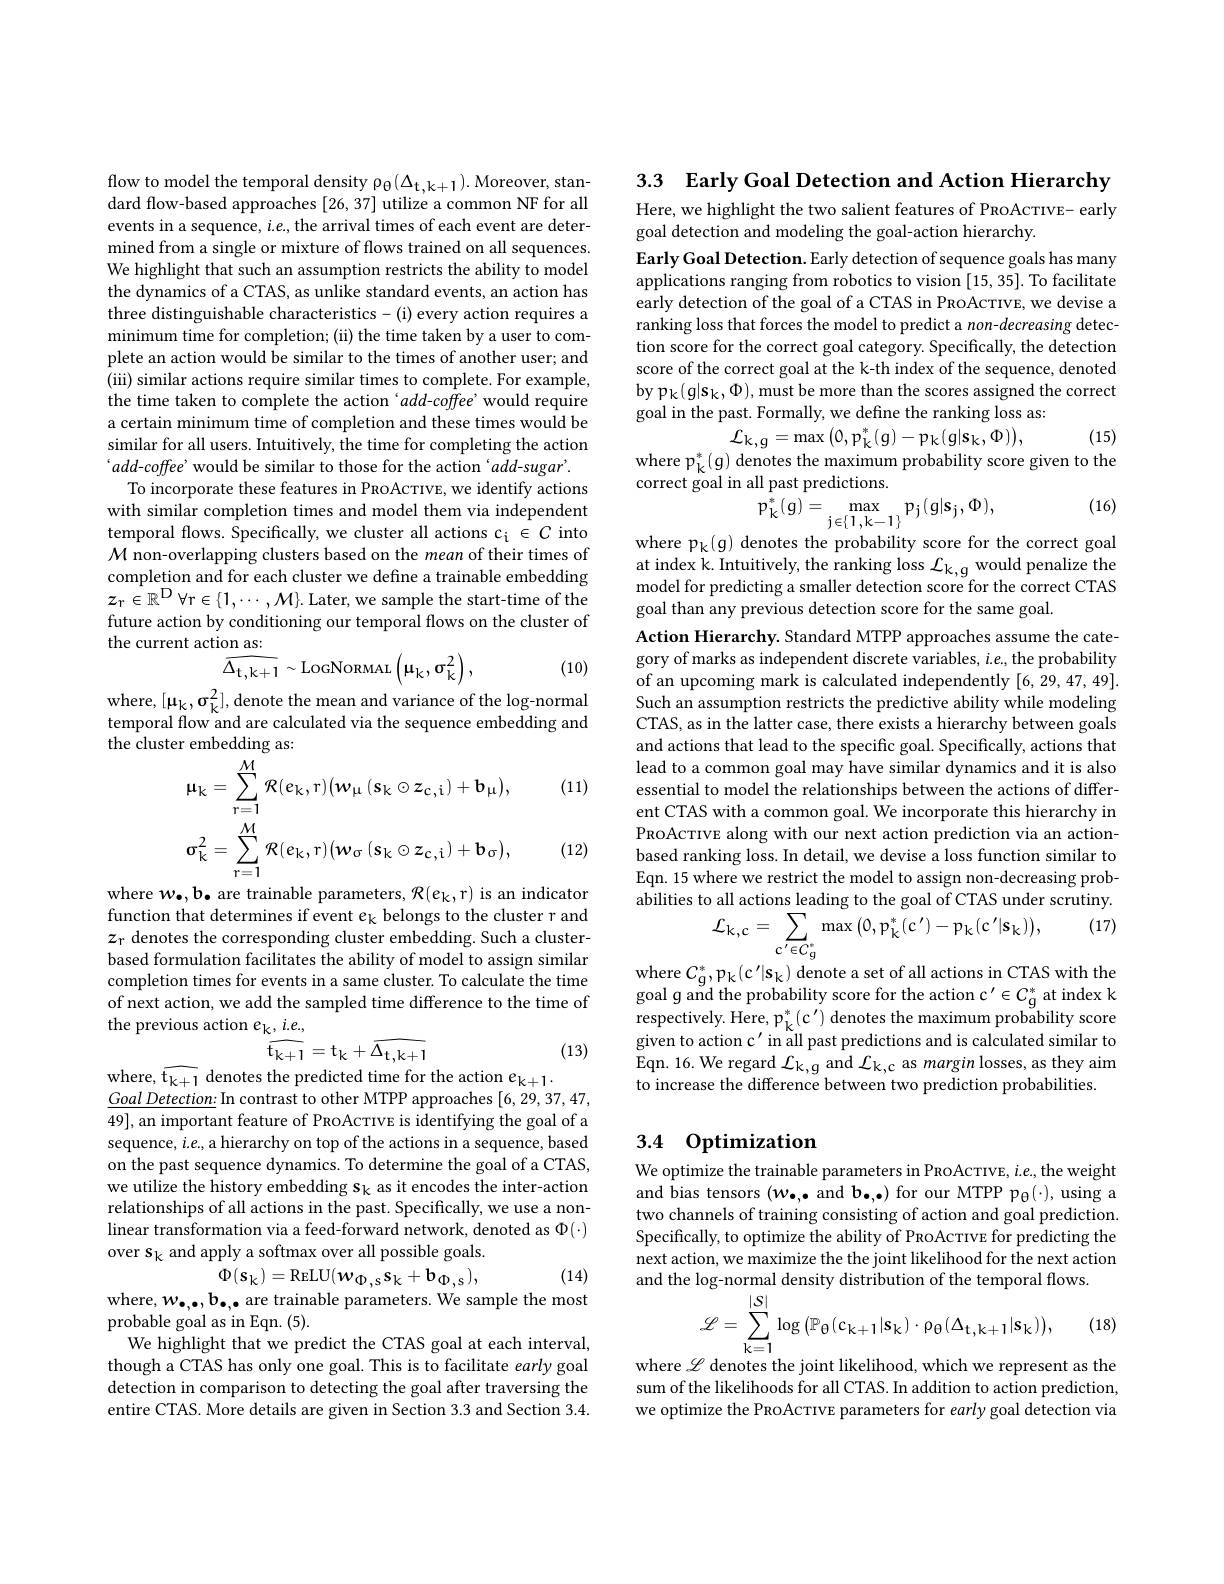
flow to model the temporal density $\rho_{\Theta}(\Delta_{\mathrm{t},\mathrm{k}+1}).$ Moreover, standard flow-based approaches [26, 37] utilize a common NF for all events in a sequence, $i.e.$, the arrival times of each event are determined from a single or mixture of flows trained on all sequences. We highlight that such an assumption restricts the ability to model the dynamics of a CTAS, as unlike standard events, an action has three distinguishable characteristics-(i) every action requires a minimum time for completion; (ii) the time taken by a user to complete an action would be similar to the times of another user; and (iii) similar actions require similar times to complete. For example, the time taken to complete the action 'add-coffee' would require a certain minimum time of completion and these times would be similar for all users. Intuitively, the time for completing the action 'add-coffee' would be similar to those for the action'add-sugar'.
To incorporate these features in PROAcTIVE, we identify actions with similar completion times and model them via independent temporal flows. Specifically, we cluster all actions ci $\in C$ into $\mathcal{M}$ non-overlapping clusters based on the mean of their times of completion and for each cluster we define a trainable embedding $z_{\mathrm{r}}\in\mathbb{R}^{\mathrm{D}}\forall$r$\in\{1,\cdots,\mathcal{M}\}.$Later, we sample the start-time of the future action by conditioning our temporal flows on the cluster of the current action as:
$$\widehat{\Delta_{\mathrm{t,k+1}}}\sim\mathrm{LoGNORMAL}\left(\mu_{\mathrm{k}},\sigma_{\mathrm{k}}^{2}\right),$$
(10)

where,$[\mathbf{\mu}_{\mathrm{k}},\mathbf{\sigma}_{\mathrm{k}}^{2}]$,denote the mean and variance of the log-normal

temporal flow and are calculated via the sequence embedding and
the cluster embedding as:
$$\mu_{\mathrm{k}}=\sum_{\mathrm{r}=1}^{\mathcal{M}}\mathcal{R}(e_{\mathrm{k}},\mathrm{r})(w_{\mathrm{\mu}}(s_{\mathrm{k}}\odot z_{\mathrm{c},\mathrm{i}})+\mathbf{b}_{\mathrm{\mu}}),$$
(11)
$$\sigma_{\mathrm{k}}^{2}=\sum_{\mathrm{r}=1}^{\mathcal{M}}\mathcal{R}(e_{\mathrm{k}},\mathrm{r})(w_{\mathrm{\sigma}}(s_{\mathrm{k}}\odot z_{\mathrm{c},\mathrm{i}})+\mathbf{b}_{\mathrm{\sigma}}),$$
(12)

where $w_{\bullet},\mathbf{b}_{\bullet}$ are trainable parameters, $\mathcal{R} ( e_{\mathrm{k} }$,r) is an indicator function that determines if event $e_\mathrm{k}$ belongs to the cluster r and $z_{\mathrm{r}}$ denotes the corresponding cluster embedding. Such a clusterbased formulation facilitates the ability of model to assign similar completion times for events in a same cluster. To calculate the time of next action, we add the sampled time difference to the time of the previous action $e_\mathrm{k},i.e.$,
$$\begin{array}{l}{{\varepsilon_{k},\:\iota.e.,}}\\{{\widehat{t_{k+1}}=t_{k}+\overline{{\Delta_{t,k+1}}}}}\end{array}$$
where, $\widehat{\mathrm{t}_{k+1}}$ denotes the predicted time for the action $e_{k+1}.$

(13)

$\underline{Goal\:Detection:}$In contrast to other MTPP approaches [6,29,37,47, 49], an important feature of PRoAcTIvE is identifying the goal of a sequence, $i.e.$, a hierarchy on top of the actions in a sequence, based on the past sequence dynamics. To determine the goal of a CTAS, we utilize the history embedding $s_\mathrm{k}$ as it encodes the inter-action relationships of all actions in the past. Specifically, we use a nonlinear transformation via a feed-forward network, denoted as $\Phi(\cdot)$ over $s_{\mathrm{k}}$ and apply a softmax over all possible goals.
(14)
$$\Phi(s_{\mathrm{k}})=\mathrm{ReLU}(\boldsymbol{w}_{\Phi,s}\boldsymbol{s}_{\mathrm{k}}+\boldsymbol{b}_{\Phi,s}),$$
where, $w_{\bullet},\bullet,\mathbf{b}_{\bullet},\bullet$ are trainable parameters. We sample the most
probable goal as in Eqn. (5).
We highlight that we predict the CTAS goal at each interval, though a CTAS has only one goal. This is to facilitate early goal detection in comparison to detecting the goal after traversing the entire CTAS. More details are given in Section 3.3 and Section 3.4.

3.3 Early Goal Detection and Action Hierarchy

Here, we highlight the two salient features of PROAcTIVE- early
goal detection and modeling the goal-action hierarchy.

Early Goal Detection. Early detection of sequence goals has many applications ranging from robotics to vision [15,35]. To facilitate early detection of the goal of a CTAS in PROACTIVE, we devise a ranking loss that forces the model to predict a $non-decreasing$ detection score for the correct goal category. Specifically, the detection score of the correct goal at the k-th index of the sequence, denoted by p p k $(g|\mathbf{s}_{\mathrm{k}},\Phi)$,must be more than the scores assigned the correct goal in the past. Formally, we define the ranking loss as:
$$\mathcal{L}_{\mathrm{k},g}=\max\left(0,\mathrm{p}_{\mathrm{k}}^{*}(g)-\mathrm{p}_{\mathrm{k}}(g|\mathrm{s}_{\mathrm{k}},\Phi)\right),$$
(15)

where p$_{\mathrm{k}}^{*}(g)$ denotes the maximum probability score given to the

correct goal in all past predictions.

(16)
$$\hat{\mathfrak{p}_{\mathrm{k}}^{*}}(\mathfrak{g})=\max_{\mathrm{j}\in\{1,\mathrm{k}-1\}}\mathfrak{p}_{\mathrm{j}}(\mathfrak{g}|\mathbf{s}_{\mathrm{j}},\Phi),$$
where p$_{\mathrm{k}}(g)$ denotes the probability score for the correct goal

$\begin{array}{l}{\mathrm{at~index~k.~Intuitively,~the~ranking~loss~}\mathcal{L}_{k,g}}\\{\mathrm{model~for~predicting~a~smaller~detection~score~for~the~correct~CTAS}}\end{array}$
goal than any previous detection score for the same goal.

Action Hierarchy. Standard MTPP approaches assume the category of marks as independent discrete variables, $i.e.$, the probability of an upcoming mark is calculated independently [6,29,47,49]. Such an assumption restricts the predictive ability while modeling CTAS, as in the latter case, there exists a hierarchy between goals and actions that lead to the specific goal. Specifically, actions that lead to a common goal may have similar dynamics and it is also essential to model the relationships between the actions of different CTAS with a common goal. We incorporate this hierarchy in PROAcTIVE along with our next action prediction via an actionbased ranking loss. In detail, we devise a loss function similar to Eqn. 15 where we restrict the model to assign non-decreasing probabilities to all actions leading to the goal of CTAS under scrutiny.
$$\mathcal{L}_{\mathrm{k,c}}=\sum_{\mathrm{c}^{\prime}\in C_{g}^{*}}\max\left(0,\mathrm{p}_{\mathrm{k}}^{*}(\mathrm{c}^{\prime})-\mathrm{p}_{\mathrm{k}}(\mathrm{c}^{\prime}|\mathrm{s}_{\mathrm{k}})\right),$$
(17)

where $C_{g}^{*},p_{\mathrm{k}}(c^{\prime}|s_{\mathrm{k}})$ denote a set of all actions in CTAS with the goal g and the probability score for the action c'$\in C_g^*$ at index k respectively. Here, p$_k^*($c') denotes the maximum probability score given to action c' in all past predictions and is calculated similar to Eqn. 16. We regard $\mathcal{L}_{\mathrm{k,g}}$ and $\mathcal{L}_{\mathrm{k,c}}$ as margin losses, as they aim to increase the difference between two prediction probabilities.

## 3.4 Optimization

We optimize the trainable parameters in PRoAcTIVE, $i.e.$, the weight and bias tensors $(w_{\bullet},\bullet$ and $\mathbf{b}_{\bullet},\bullet)$ for our MTPP p$_{\Theta}(\cdot)$, using a two channels of training consisting of action and goal prediction. Specifically, to optimize the ability of PRoAcTIvE for predicting the next action, we maximize the the joint likelihood for the next action and the log-normal density distribution of the temporal flows.
$$\begin{aligned}&\text{log norinan acinory anorioanon or anc temporan}\\&\mathscr{L}=\sum_{\mathrm{k=1}}^{|S|}\log\big(\mathbb{P}_{\theta}(\mathfrak{c}_{\mathrm{k+1}}|\mathbf{s}_{\mathrm{k}})\cdot\rho_{\Theta}(\Delta_{\mathrm{t,k+1}}|\mathbf{s}_{\mathrm{k}})\big),\end{aligned}$$
where $\mathscr{L}$ denotes the joint likelihood, which we represent as the

(18)

sum of the likelihoods for all CTAS. In addition to action prediction, we optimize the PRoAcrıvE parameters for early goal detection via